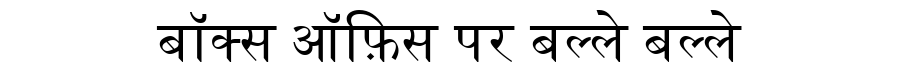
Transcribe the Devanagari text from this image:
बॉक्स ऑफ़िस पर बल्ले बल्ले